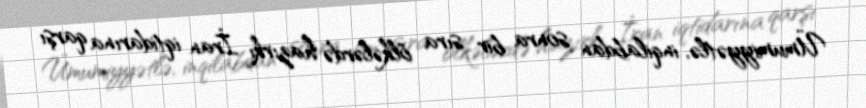
Ümumiyyətlə, inqilabdan sonra bir sıra ölkələrdə hazırkı İran iqtidarına qarşı